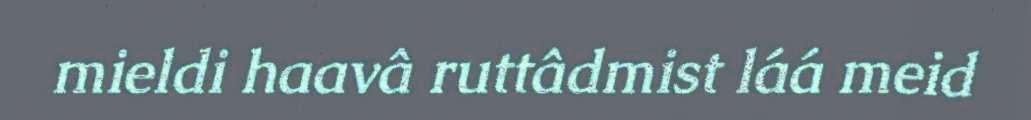
mieldi haavâ ruttâdmist láá meid